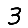
Digit: 3